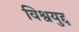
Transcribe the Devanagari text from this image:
विश्वयुद्द